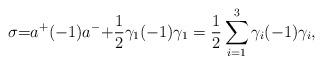
LaTeX: \begin{align*}\sigma{=}a^{+}(-1)a^{-} {+}\frac{1}{2}\gamma_1(-1)\gamma_1=\frac{1}{2}\sum_{i=1}^{3}\gamma_i(-1)\gamma_i,\end{align*}